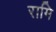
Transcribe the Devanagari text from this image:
रामि